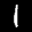
Label: 1